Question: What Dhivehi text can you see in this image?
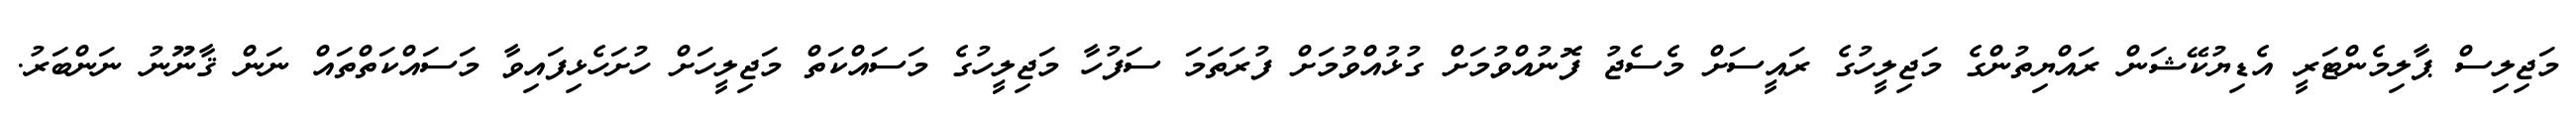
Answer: މަޖިލިސް ޕާލިމެންޓަރީ އެޑިޔުކޭޝަން ރައްޔިތުންގެ މަޖިލީހުގެ ރައީސަށް މެސެޖު ފޮނުއްވުމަށް ގުޅުއްވުމަށް ފުރަތަމަ ސަފުހާ މަޖިލީހުގެ މަސައްކަތް މަޖިލީހަށް ހުށަހެޅިފައިވާ މަސައްކަތްތައް ނަން ޤާނޫނު ނަންބަރު.